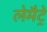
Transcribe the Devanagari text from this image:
लेमैट्रे